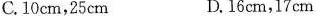
C.10cm，25cm D.16cm，17cm